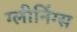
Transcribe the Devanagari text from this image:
ग्लीनिंग्स